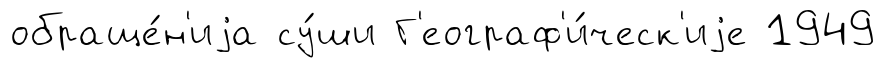
обраще́н'иjа су́ши Г'еограф'и́ческ'иjе 1949